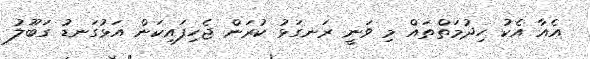
އެއާ އެކު ހިދުމަތްތައް މި ވަނީ ރަނގަޅު ކުރަން ޖެހިފައިކަން އަޅުގަނޑު ގަބޫލު